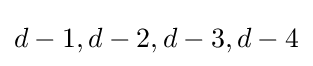
d-1,d-2,d-3,d-4